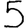
Digit: 5